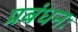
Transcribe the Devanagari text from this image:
प्रबंधनः